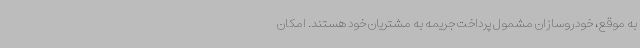
به موقع، خودروسازان مشمول پرداخت جریمه به مشتریان خود هستند. امکان